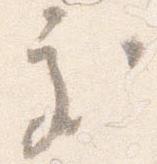
処